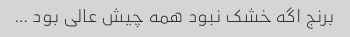
برنج اگه خشک نبود همه چیش عالی بود …